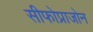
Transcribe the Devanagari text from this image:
सीफोप्राजोन